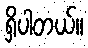
ရှိပါတယ်။